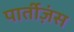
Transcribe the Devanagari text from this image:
पार्तीज़ंस